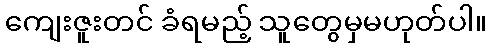
ကျေးဇူးတင် ခံရမည့် သူတွေမှမဟုတ်ပါ။